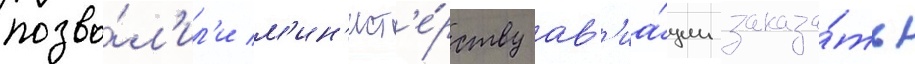
позво́л'ил'и м'ин'ист'е́рству ав'иа́ции заказа́ть